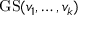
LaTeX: \operatorname { G S } ( v _ { 1 } , \dots , v _ { k } )